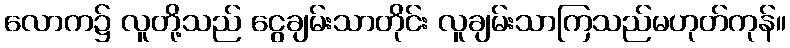
လောက၌ လူတို့သည် ငွေချမ်းသာတိုင်း လူချမ်းသာကြသည်မဟုတ်ကုန်။